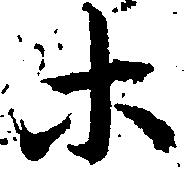
等